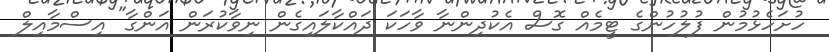
ހުށަހެޅުމުން ފުލުުހުންގެ ޓީމެއް ގޮސް އެކުދިންނާ ވާހަކަ ދައްކާލައިގެން ނިވާކުރަން އަންގާ" އިސްމާއިލް